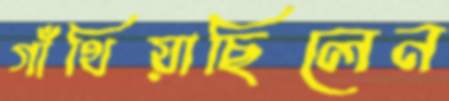
গাঁথিয়াছিলেন